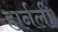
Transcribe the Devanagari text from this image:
हार्नली